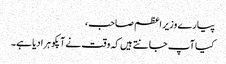
پیارے وزیر اعظم صاحب،
کیا آپ جانتے ہیں کہ وقت نے آپکو ہرا دیا ہے۔